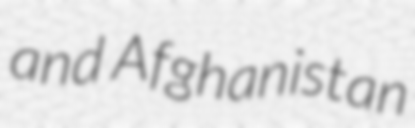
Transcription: and Afghanistan